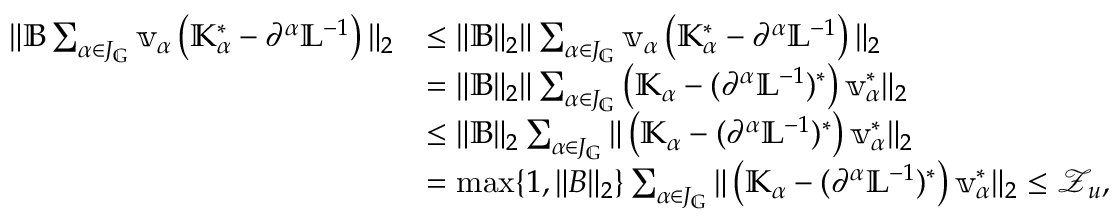
\begin{array} { r l } { \| \mathbb { B } \sum _ { \alpha \in J _ { \mathbb { G } } } \mathbb { v } _ { \alpha } \left( \mathbb { K } _ { \alpha } ^ { * } - \partial ^ { \alpha } \mathbb { L } ^ { - 1 } \right) \| _ { 2 } } & { \leq \| \mathbb { B } \| _ { 2 } \| \sum _ { \alpha \in J _ { \mathbb { G } } } \mathbb { v } _ { \alpha } \left( \mathbb { K } _ { \alpha } ^ { * } - \partial ^ { \alpha } \mathbb { L } ^ { - 1 } \right) \| _ { 2 } } \\ & { = \| \mathbb { B } \| _ { 2 } \| \sum _ { \alpha \in J _ { \mathbb { G } } } \left( \mathbb { K } _ { \alpha } - ( \partial ^ { \alpha } \mathbb { L } ^ { - 1 } ) ^ { * } \right) \mathbb { v } _ { \alpha } ^ { * } \| _ { 2 } } \\ & { \leq \| \mathbb { B } \| _ { 2 } \sum _ { \alpha \in J _ { \mathbb { G } } } \| \left( \mathbb { K } _ { \alpha } - ( \partial ^ { \alpha } \mathbb { L } ^ { - 1 } ) ^ { * } \right) \mathbb { v } _ { \alpha } ^ { * } \| _ { 2 } } \\ & { = \operatorname* { m a x } \{ 1 , \| B \| _ { 2 } \} \sum _ { \alpha \in J _ { \mathbb { G } } } \| \left( \mathbb { K } _ { \alpha } - ( \partial ^ { \alpha } \mathbb { L } ^ { - 1 } ) ^ { * } \right) \mathbb { v } _ { \alpha } ^ { * } \| _ { 2 } \le \mathcal { Z } _ { u } , } \end{array}